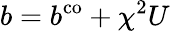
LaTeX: b=b^{\mathrm{co}}+\chi^{2}U